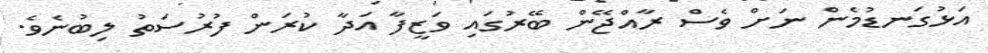
އަޅުގަނޑުމެން ނަށް ވެސް ރާއްޖޭން ބޭރުގައި ވަޒީފާ އަދާ ކުރަން ފުރުސަތު ލިބުނެވެ.